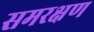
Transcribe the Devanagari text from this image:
समरक्षण